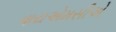
વાયએમસીએ